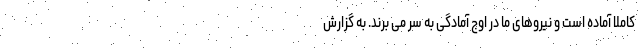
کاملاً آماده است و نیروهای ما در اوج آمادگی به سر می برند. به گزارش